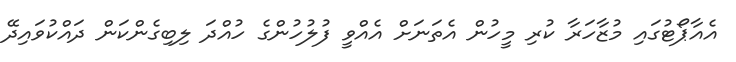
އެއާޕޯޓުގައި މުޒާހަރާ ކުރި މީހުން އެތަނަށް އެއްވީ ފުލުހުންގެ ހުއްދަ ލިބިގެންކަން ދައްކުވައިދޭ